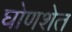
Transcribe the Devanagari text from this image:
घोणशेत